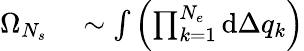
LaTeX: \begin{array}{rl}{\Omega_{N_{s}}}&{{}\sim\int{\left(\prod_{k=1}^{N_{e}}{\mathrm{d}\Delta q_{k}}\right)}}\end{array}